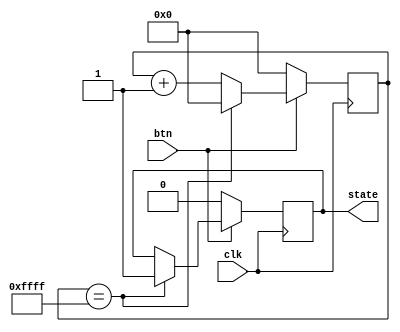
`timescale 1ns / 1ps
//////////////////////////////////////////////////////////////////////////////////
// Company: 
// Engineer: 
// 
// Design Name: 
// Module Name:    debouncer 
// Project Name: 
// Target Devices: 
// Tool versions: 
// Description: 
//
// Dependencies: 
//
// Revision: 
// Revision 0.01 - File Created
// Additional Comments: 
//
//////////////////////////////////////////////////////////////////////////////////
module debouncer(
    input clk,
    input btn,
    output reg state
    );

	reg [15:0] count;

    always @(posedge clk) begin
        if (btn == 0) begin
            state <= 0;
            count <= 0;
        end
        else begin
            if (count == 'hFFFF) begin
                state <= 1;
                count <= 0;
            end
            else
                count <= count + 1;
        end
    end

endmodule